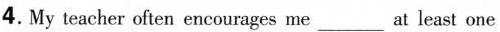
4.My teacher often encourages me___at least one